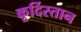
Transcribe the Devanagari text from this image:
कूर्दिस्तान